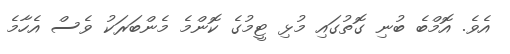
އެވެ. އޮމްބެ ބުނި ގޮތުގައި މުޅި ޓީމުގެ ކޮންމެ މެންބަރަކު ވެސް އެހާމެ